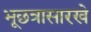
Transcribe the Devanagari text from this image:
भूछत्रासारखे